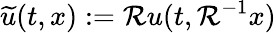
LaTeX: \widetilde u(t,x):=\mathcal{R}u(t,\mathcal{R}^{-1}x)